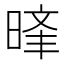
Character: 𣈝